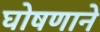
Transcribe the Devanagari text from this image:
घोषणाने